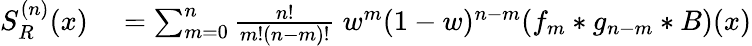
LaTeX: \begin{array}{rl}{S_{R}^{(n)}(x)}&{{}=\sum_{m=0}^{n}\frac{n!}{m!(n-m)!}\ w^{m}(1-w)^{n-m}(f_{m}*g_{n-m}*B)(x)}\end{array}